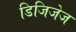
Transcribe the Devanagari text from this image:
डिजिजेज